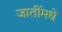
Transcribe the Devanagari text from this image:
जातींमधे